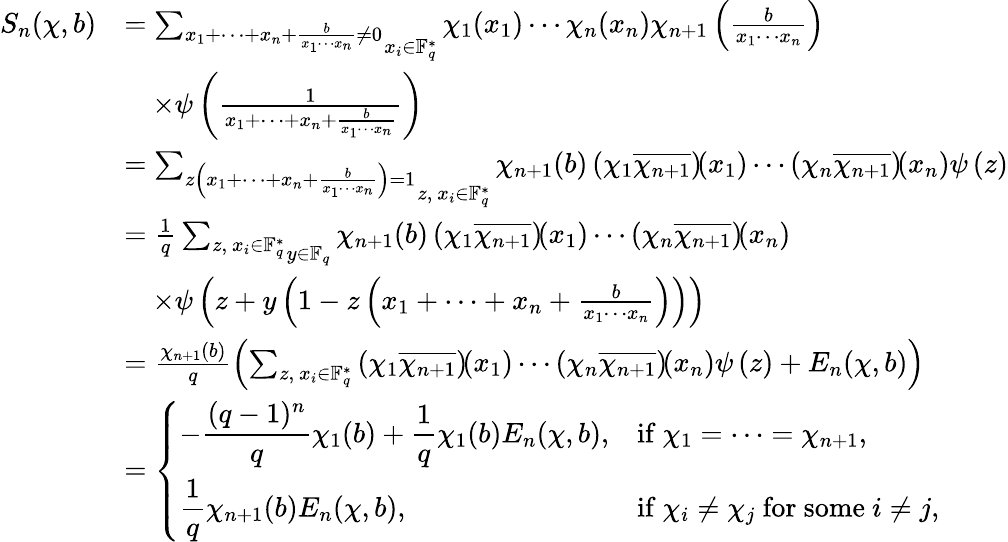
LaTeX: \begin{array}{rl}{S_{n}(\chi,b)}&{=\mathop{\sum_{x_{1}+\cdots+x_{n}+\frac{b}{x_{1}\cdots x_{n}}\neq 0}}_{x_{i}\in\mathbb{F}_{q}^{*}}\chi_{1}(x_{1})\cdots\chi_{n}(x_{n})\chi_{n+1}\left(\frac{b}{x_{1}\cdots x_{n}}\right)}\\ &{\quad\times\psi\left(\frac{1}{x_{1}+\cdots+x_{n}+\frac{b}{x_{1}\cdots x_{n}}}\right)}\\ &{=\mathop{\sum_{z\left(x_{1}+\cdots+x_{n}+\frac{b}{x_{1}\cdots x_{n}}\right)=1}}_{z,\ x_{i}\in\mathbb{F}_{q}^{*}}\chi_{n+1}(b)\left(\chi_{1}\overline{{\chi_{n+1}}}\right)\! (x_{1})\cdots\left(\chi_{n}\overline{{\chi_{n+1}}}\right)\! (x_{n})\psi\left(z\right)}\\ &{=\frac{1}{q}\mathop{\sum_{z,\ x_{i}\in\mathbb{F}_{q}^{*}}}_{y\in\mathbb{F}_{q}}\chi_{n+1}(b)\left(\chi_{1}\overline{{\chi_{n+1}}}\right)\! (x_{1})\cdots\left(\chi_{n}\overline{{\chi_{n+1}}}\right)\! (x_{n})}\\ &{\quad\times\psi\left(z+y\left(1-z\left(x_{1}+\cdots+x_{n}+\frac{b}{x_{1}\cdots x_{n}}\right)\right)\right)}\\ &{=\frac{\chi_{n+1}(b)}{q}\left(\sum_{z,\ x_{i}\in\mathbb{F}_{q}^{*}}\left(\chi_{1}\overline{{\chi_{n+1}}}\right)\! (x_{1})\cdots\left(\chi_{n}\overline{{\chi_{n+1}}}\right)\! (x_{n})\psi\left(z\right)+E_{n}(\chi,b)\right)}\\ &{=\left\{ \begin{array}{ll}{\displaystyle-\frac{(q-1)^{n}}{q}\chi_{1}(b)+\frac{1}{q}\chi_{1}(b)E_{n}(\chi,b),}&{\mathrm{if}\ \chi_{1}=\cdots=\chi_{n+1},}\\ {\displaystyle\frac{1}{q}\chi_{n+1}(b)E_{n}(\chi,b),}&{\mathrm{if}\ \chi_{i}\neq\chi_{j}\ \mathrm{for~some}\ i\neq j,}\end{array}\right.}\end{array}